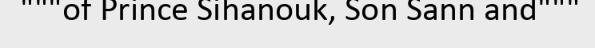
"""of Prince Sihanouk, Son Sann and"""